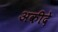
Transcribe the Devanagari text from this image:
अकीदे